Code of medical and sanitary regulations for the guidance of medical officers serving in the Madras Presidency - Volume II
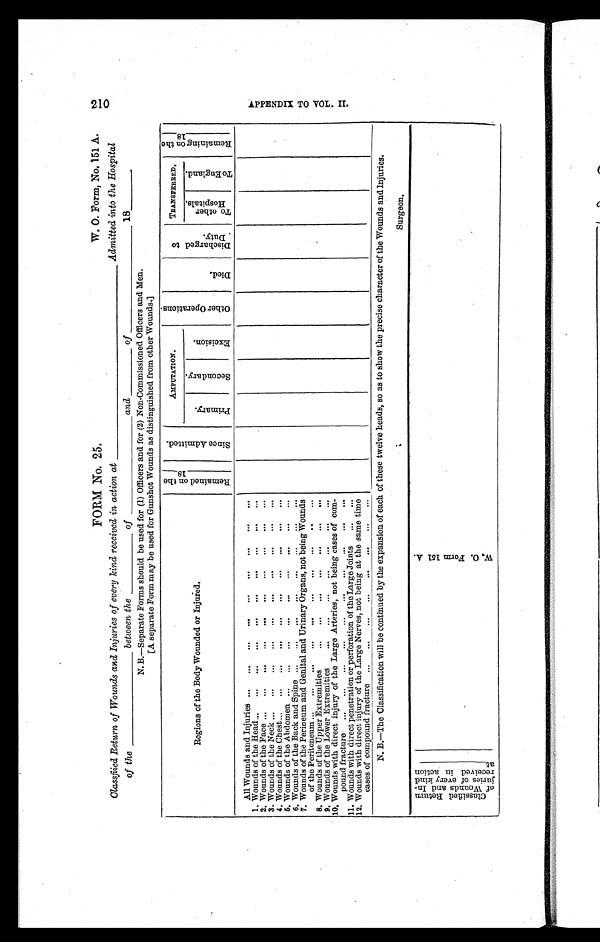
FORM NO. 25. W. O. Form, No. 151 A.
Classfiied Return of Wounds and Injuries of every kind received in action at ____________________ Admitted into the Hospital
of the ___________ between the_______of __________ and _____ of __________ 18_____
N. B.—Separate Forms should be used for (1) Officers and for (2) Non-Commissioned Officers and Men.
[A separate Form may be used for Gunshot Wounds as distinguished from other Wounds.]
Regions of the Body Wounded or Injured.
R e m a i n e d o n t h e _ _ _ _ _ 1 8 _ _
S i n c e A d m i t t e d .
AMPUTATION.
O t h e r O p e r a t i o n s .
D i e d .
D i s c h a r g e d t o D u t y . TRANSFERRED.
R e m a i n i n g o n t h e _ _ _ _ _ _ 1 8 _ _ _
P r i m a r y .
S e c o n d a r y .
E x c i s i o n .
T o o t h e r H o s p i t a l s .
T o E n g l a n d .
All Wounds and Injuries ... ... ... ... ... ... ... ... ...
1. Wounds of the Head
. . . ...
. . . ... ... ... ... ... ... ...
2. Wounds of the Face ... ... ... ... ... ... ... ... ... ...
3. Wounds of the Neck ... ... ... ... ... ... ... ... ... ...
4. Wounds of the Chest ... ... ... ... ... ... ... ... ... ...
5.W o u n d s o f t h e A b d o m e n ... ... ... ... ... ... ... ... ...
6. Wounds of the Back and Spine ... ... ... ... ... ... ... ...
7. Wounds of the Perineum and Genital and Urinary Organs, not being Wounds
of the Peritoneum ... ... ... ... ... ... ... ... .. ...
8. Wounds of the Upper Extremities
. . .
. . .
. . .
. . .
. . .
. . .
. . .
9.W o u n d s
o f
t h e L o w e r E x t r e m i t i e s
... ... ... ... ... ... ...
10. Wounds with direct injury of the Large Arteries, not being cases of com-
pound fracture ... ... ... ... ... ... ... ... ... ...
11. Wounds with direct penetration or perforation of the Large Joints ... ...
12. Wounds with direct injury of the Large Nerves, not being at the same time
cases of compound fracture ... ... ... ... ... ... ... ...
N. B.—The Classification will be continued by the expansion of each of these twelve heads, so as to show the precise character of the Wounds and Injuries.
Surgeon.
C l a s s i f i e d R e t u r n o f W o u n d s a n d I n -
j u r i e s o f e v e r y k i n d
r e c e i v e d i n a c t i o n
a t _ _ _ _ _ _ _
W. O . F o r m 1 5 1 A .
210
A P P E N D I X T O V O L . I I .